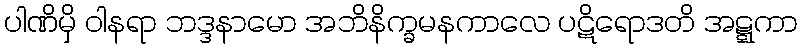
ပါဏိမှိ ဝါနရာ ဘဒ္ဒနာမော အဘိနိက္ခမနကာလေ ပဋိရောဒတိ အဋ္ဋကာ